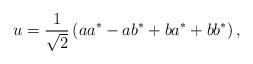
LaTeX: \begin{align*} u = \frac{1}{\sqrt{2}} \left( aa^* - ab^* + ba^* + bb^* \right),\end{align*}